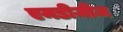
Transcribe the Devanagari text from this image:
एमडीजीज